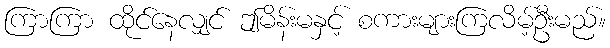
ကြာကြာ ထိုင်နေလျှင် ဤမိန်းမနှင့် စကားများကြလိမ့်ဦးမည်။